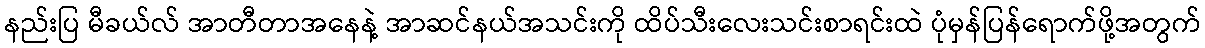
နည်းပြ မီခယ်လ် အာတီတာအနေနဲ့ အာဆင်နယ်အသင်းကို ထိပ်သီးလေးသင်းစာရင်းထဲ ပုံမှန်ပြန်ရောက်ဖို့အတွက်